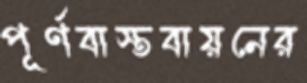
পূর্ণবাস্তবায়নের